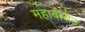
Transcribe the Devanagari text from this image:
महावीसेठ